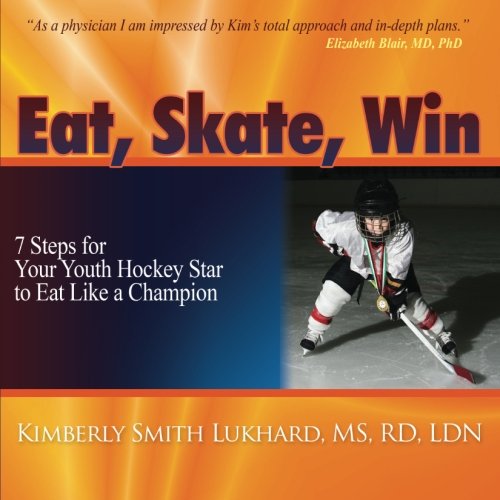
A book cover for Eat, Skate, Win: 7 Steps for Your Youth Hockey Star to Eat Like a Champion; Kimberly Smith Lukhard; Sports & Outdoors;